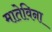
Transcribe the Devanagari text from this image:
मातेविना